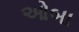
ઓબા